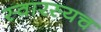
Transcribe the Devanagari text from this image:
स्वारस्यच